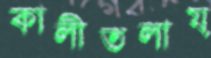
কালীতলায়